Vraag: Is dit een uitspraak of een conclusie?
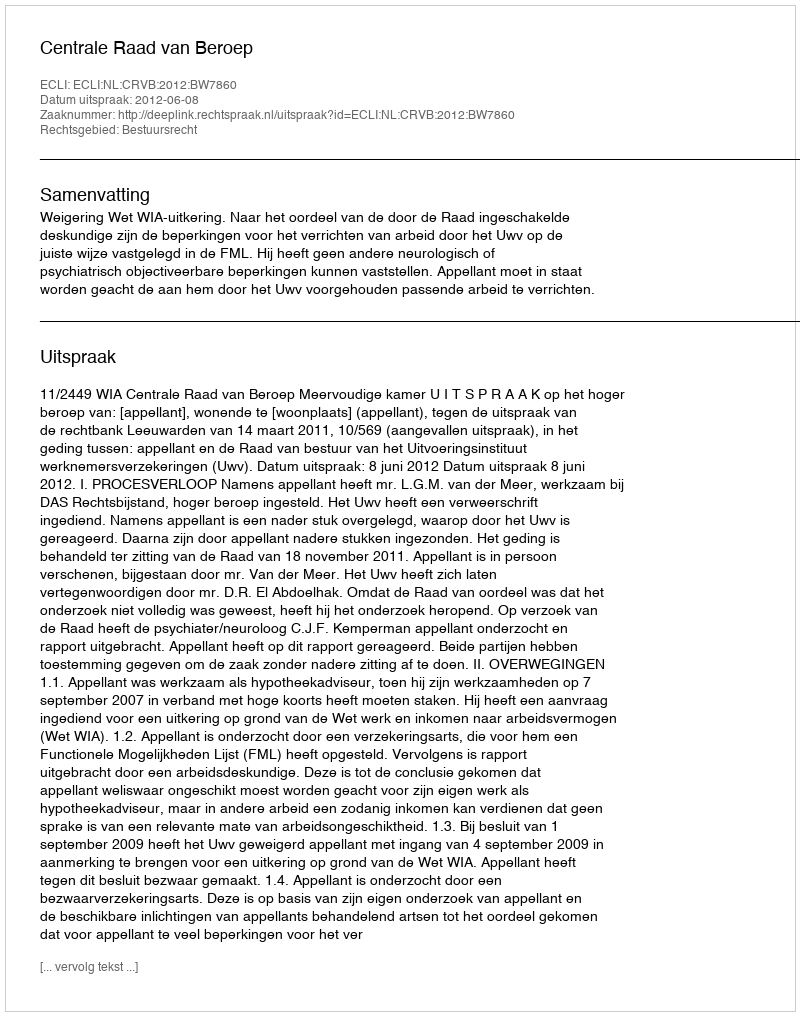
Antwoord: Uitspraak